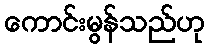
ကောင်းမွန်သည်ဟု